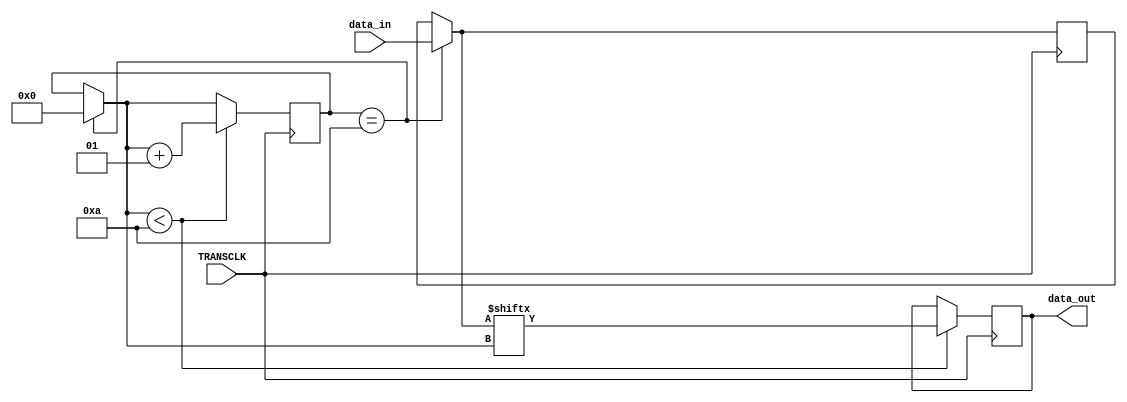
`default_nettype none
`timescale 1ns/100ps

module par2ser(
	input wire       TRANSCLK,
	input wire [9:0] data_in,
	output reg       data_out
);

    reg        [9:0] temp;              //10 FFs para guardar el dato valido
    integer contps;
    
    initial
    contps = 10;
    
always @(posedge TRANSCLK) begin

  
    if(contps == 10)begin
       contps = 0;                    // resetea el contador
       temp = data_in;            // se guarda una copia en FF del valor del stream
   	end
   	 
    if(contps < 10)begin
      data_out = temp [contps];      
      contps = contps + 1;           
	end

end 
endmodule


module ser2par(
	input wire       CRC_CKL,
	input wire       data_in,
	input wire       RXPOL,     // changes data polarity. RXPOL = 0 introduces data as it comes. RXPOL = 1 introduces data negated. 
	output reg [9:0] data_out
);


    
always @(posedge CRC_CKL) begin
              
     if(RXPOL)    begin
     data_out[0] = data_out[1];
     data_out[1] = data_out[2];
     data_out[2] = data_out[3];
     data_out[3] = data_out[4];
     data_out[4] = data_out[5];
     data_out[5] = data_out[6]; 
     data_out[6] = data_out[7]; 
     data_out[7] = data_out[8];
     data_out[8] = data_out[9];
     data_out[9] = data_in;      
					end
					
     else 			begin
     
     data_out[0] = data_out[1];
     data_out[1] = data_out[2];
     data_out[2] = data_out[3];
     data_out[3] = data_out[4];
     data_out[4] = data_out[5];
     data_out[5] = data_out[6]; 
     data_out[6] = data_out[7]; 
     data_out[7] = data_out[8];
     data_out[8] = data_out[9];
     data_out[9] = ~data_in;   
					end
   	 
end
endmodule